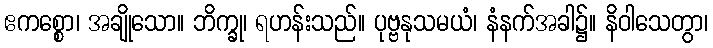
ဧကစ္စော၊ အချိုသော။ ဘိက္ခု၊ ရဟန်းသည်။ ပုဗ္ဗနုသမယံ၊ နံနက်အခါ၌။ နိဝါသေတွာ၊